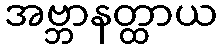
အဗ္ဘာနတ္ထာယ